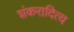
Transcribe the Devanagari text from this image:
शंकरादित्य